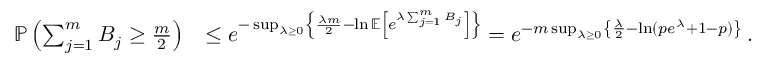
\begin{array} { r l } { \mathbb P \left( \sum _ { j = 1 } ^ { m } B _ { j } \geq \frac { m } { 2 } \right) } & { \leq e ^ { - \operatorname* { s u p } _ { \lambda \geq 0 } \left\{ \frac { \lambda m } { 2 } - \ln \mathbb E \left[ e ^ { \lambda \sum _ { j = 1 } ^ { m } B _ { j } } \right] \right\} } = e ^ { - m \operatorname* { s u p } _ { \lambda \geq 0 } \left\{ \frac { \lambda } { 2 } - \ln ( p e ^ { \lambda } + 1 - p ) \right\} } \, . } \end{array}